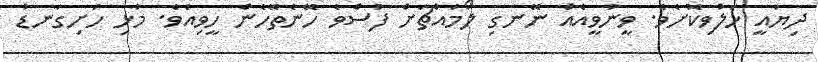
ދިޔައީ ހަލުވިކޮށެވެ. ވީނުވީއެއް ނޭނގި ލޯމައްޗަށް ފުސްވެ ހޭނެތޭހެން ހީވިއެވެ. މުޅި ހަށިގަނޑު